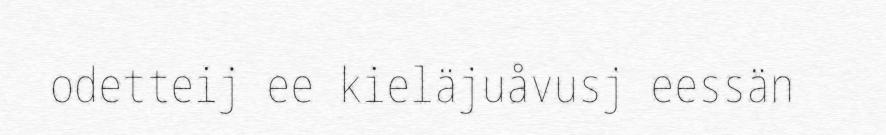
odetteij ee kieläjuåvusj eessän